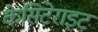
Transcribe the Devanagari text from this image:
केसिटेराइट